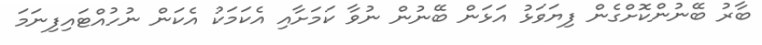
ބާރު ބޭނުންކޮށްގެން ފިޔަވަޅު އަޅަން ބޭނުން ނުވާ ކަމަށާއި އެކަމަކު އެކަން ނުހުއްޓައިފިނަމަ